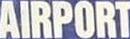
AIRPORT